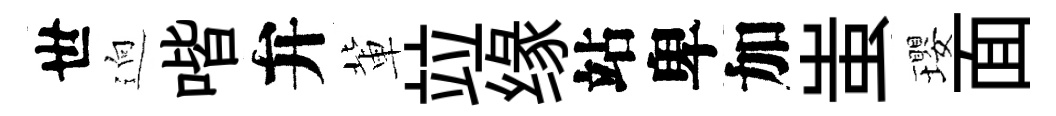
世逈喈弁軰竝缘站卑加蚩瓔面